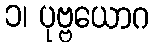
၁၊ ပုဗ္ဗယောဂ